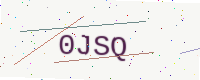
Text: 0JSQ